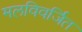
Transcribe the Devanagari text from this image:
मलविवर्जित